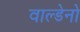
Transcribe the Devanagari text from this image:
वाल्डेनो